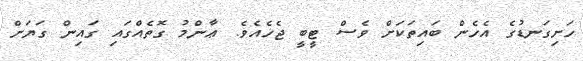
ހަށިގަނޑުގެ އެހެން ބައިތަކަށް ވެސް ޓީބީ ޖެހެއެވެ. ޢާންމު ގޮތެއްގައި ގައިން ގަޔަށް